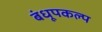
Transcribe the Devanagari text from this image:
बंधूपकल्प